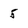
Character: 5